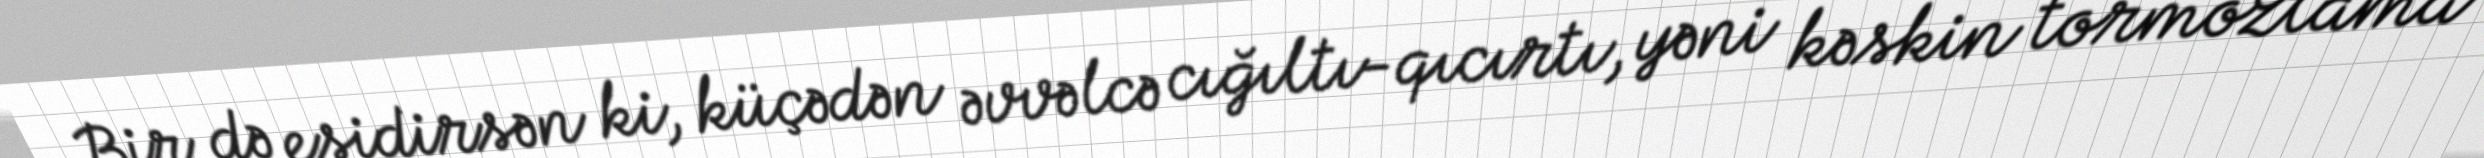
Bir də eşidirsən ki, küçədən əvvəlcə cığıltı-qıcırtı, yəni kəskin tormozlama